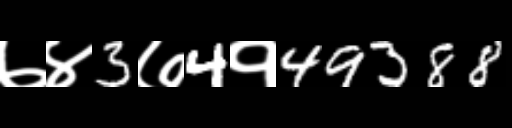
Text: ७४3७4१49388